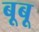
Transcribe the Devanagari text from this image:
बूबू